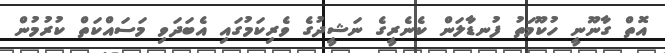
އޮތް ގާނޫނީ ހުކޫމަތު ފުނޑާލަން ކެނެރީގެ ނަޝީދުގެ ވެރިކަމުގައި އެބަދަވި މަސައްކަތް ކުރުމުން